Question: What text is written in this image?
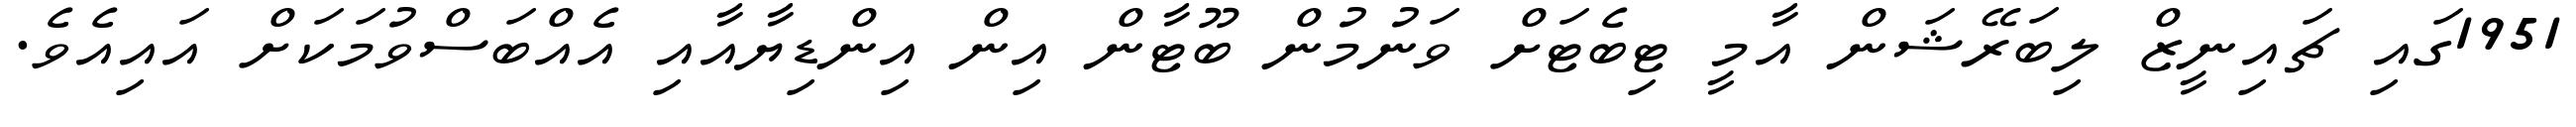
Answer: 1951ގައި ޗައިނީޒް ލިބަރޭޝަން އާމީ ޓިބެޓަށް ވަނުމުން ބޫޓާން އިން އިންޑިޔާއާއި އެއްބަސްވުމަކަށް އައިއެވެ.